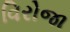
વિરોજા